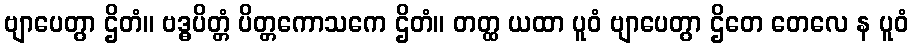
ဗျာပေတွာ ဌိတံ။ ဗဒ္ဓပိတ္တံ ပိတ္တကောသကေ ဌိတံ။ တတ္ထ ယထာ ပူဝံ ဗျာပေတွာ ဌိတေ တေလေ န ပူဝံ